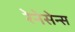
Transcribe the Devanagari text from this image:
रेनेसेन्स